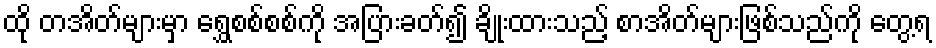
ထို တအိတ်များမှာ ရွှေစစ်စစ်ကို အပြားခတ်၍ ချိုးထားသည့် စာအိတ်များဖြစ်သည်ကို တွေ့ရ